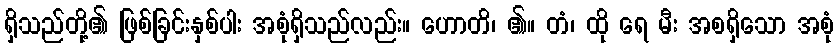
ရှိသည်တို့၏ ဖြစ်ခြင်းနှစ်ပါး အစုံရှိသည်လည်း။ ဟောတိ၊ ၏။ တံ၊ ထို ရေ မီး အစရှိသော အစုံ